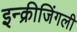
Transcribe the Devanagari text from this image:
इन्क्रीजिंगली